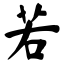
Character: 若